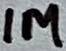
Text: 1M